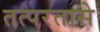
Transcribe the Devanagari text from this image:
तत्परतासे